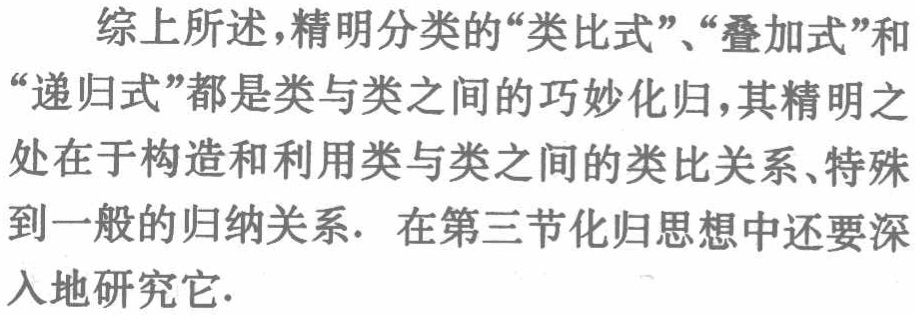
综上所述，精明分类的“类比式”、“叠加式”和“递归式”都是类与类之间的巧妙化归，其精明之处在于构造和利用类与类之间的类比关系、特殊到一般的归纳关系. 在第三节化归思想中还要深入地研究它.